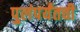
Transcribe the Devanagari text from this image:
पुलंपर्यंतची